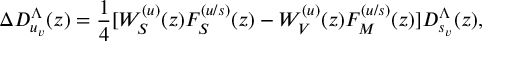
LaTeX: \Delta D _ { u _ { v } } ^ { \Lambda } ( z ) = \frac 1 4 [ W _ { S } ^ { ( u ) } ( z ) F _ { S } ^ { ( u / s ) } ( z ) - W _ { V } ^ { ( u ) } ( z ) F _ { M } ^ { ( u / s ) } ( z ) ] D _ { s _ { v } } ^ { \Lambda } ( z ) ,